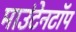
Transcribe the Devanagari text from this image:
माउंटेनटॉप